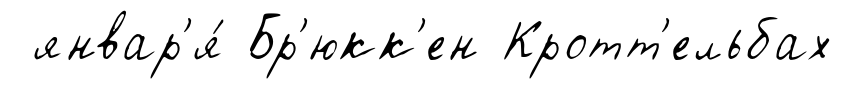
январ'я́ Бр'юкк'ен Кротт'ельбах